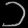
Digit: ၁